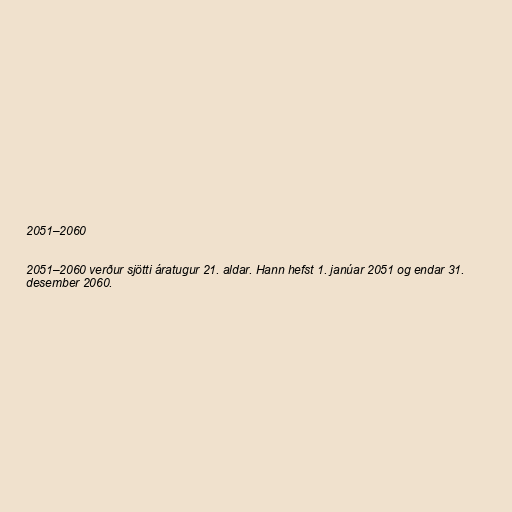
2051–2060

2051–2060 verður sjötti áratugur 21. aldar. Hann hefst 1. janúar 2051 og endar 31.
desember 2060.